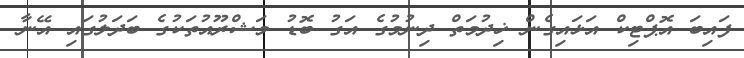
ފައިބަ އޮޕްޓިކް އަޅައިގެން ޚިދުމަތް ދިނުމުގެ އަގު ބޮޑު މަޝްރޫއުތަކުގެ ބަދަލުގައި އޭނާ